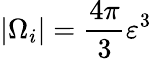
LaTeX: |\Omega_{i}|=\frac{4\pi}{3}\varepsilon^{3}